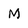
Character: M